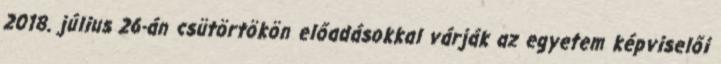
2018. július 26-án csütörtökön előadásokkal várják az egyetem képviselői